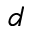
d